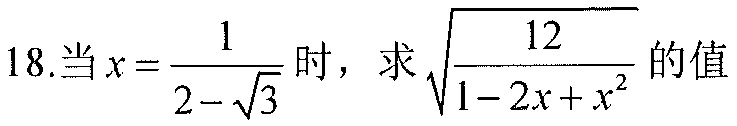
18.当\(x = \dfrac{1}{2 - \sqrt{3}}\)时，求\(\sqrt{\dfrac{12}{1 - 2x + x^{2}}}\)的值